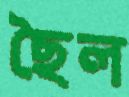
ছৈল